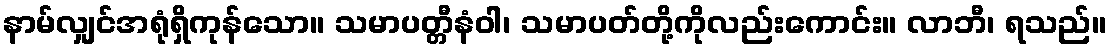
နာမ်လျှင်အရုံရှိကုန်သော။ သမာပတ္တီနံဝါ၊ သမာပတ်တို့ကိုလည်းကောင်း။ လာဘီ၊ ရသည်။